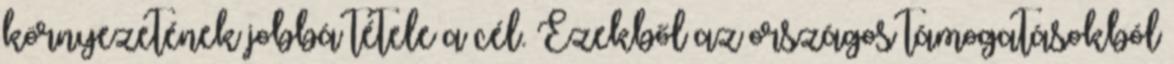
környezetének jobbá tétele a cél. Ezekből az országos támogatásokból